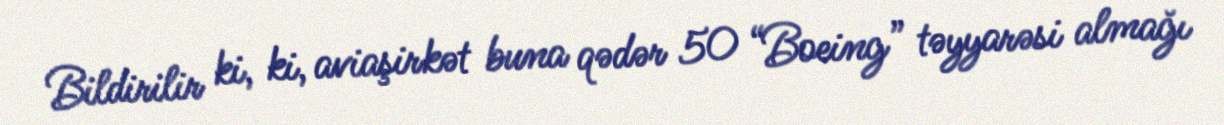
Bildirilir ki, ki, aviaşirkət buna qədər 50 “Boeing” təyyarəsi almağı